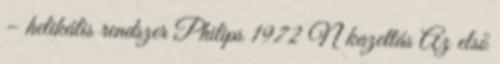
– helikális rendszer Philips 1972 N kazettás Az első